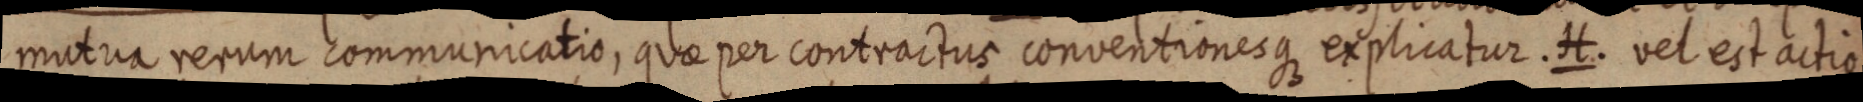
mutua rerum commuricatio, quae per contractus conventionesque explicatur. H. vel est actio